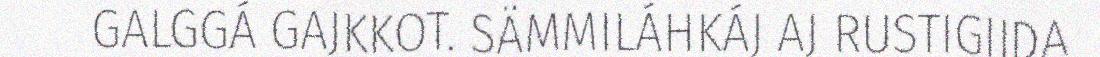
GALGGÁ GAJKKOT. SÄMMILÁHKÁJ AJ RUSTIGIJDA